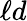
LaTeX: \ell d